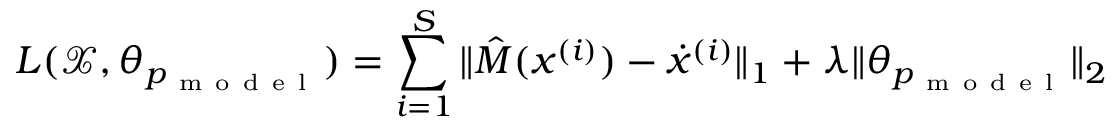
L ( \mathcal X , \theta _ { p _ { \mathrm { ~ m ~ o ~ d ~ e ~ l ~ } } } ) = \sum _ { i = 1 } ^ { S } \| \hat { M } ( x ^ { ( i ) } ) - \dot { x } ^ { ( i ) } \| _ { 1 } + \lambda \| \theta _ { p _ { \mathrm { ~ m ~ o ~ d ~ e ~ l ~ } } } \| _ { 2 }